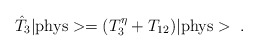
\begin{align*}\hat{T}_3|\mbox{phys}>=(T_3^\eta+T\sb{12})|\mbox{phys}>\ .\end{align*}